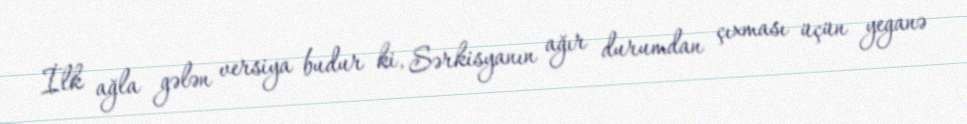
İlk ağla gələn versiya budur ki, Sərkisyanın ağır durumdan çıxması üçün yeganə